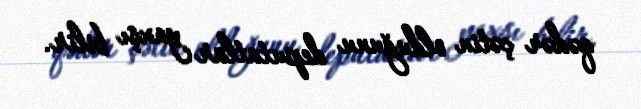
qədər çətin olduğunu deputatlar yaxşı bilir.